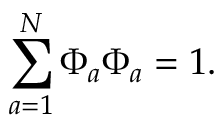
\sum _ { { a } = 1 } ^ { N } \Phi _ { a } \Phi _ { a } = 1 .